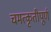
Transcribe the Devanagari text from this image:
चमत्कृतीपूर्ण